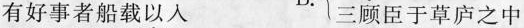
有好事者船载以人 三顾臣于草庐之中